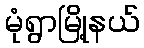
မုံရွာမြို့နယ်